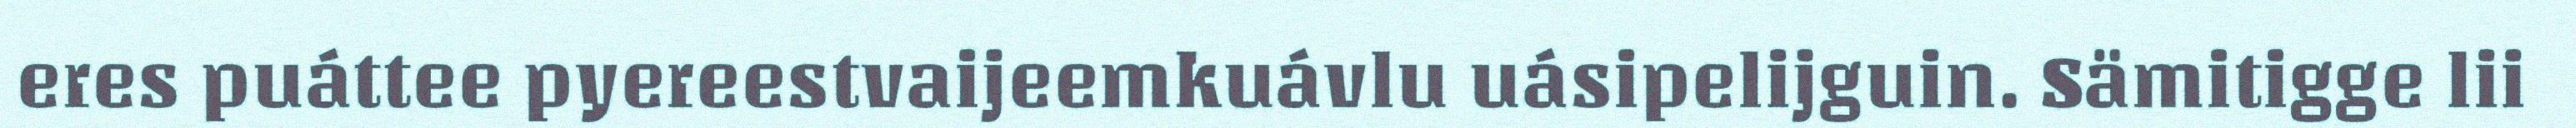
eres puáttee pyereestvaijeemkuávlu uásipelijguin. Sämitigge lii